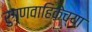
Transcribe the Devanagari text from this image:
रुग्णवाहिकेच्या